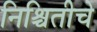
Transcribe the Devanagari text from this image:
निश्चितीचे